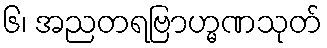
၆၊ အညတရဗြာဟ္မဏသုတ်